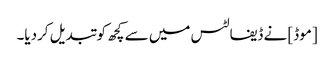
[موڈ] نے ڈیفالٹس میں سے کچھ کو تبدیل کردیا۔